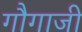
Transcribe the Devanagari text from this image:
गौगाजी